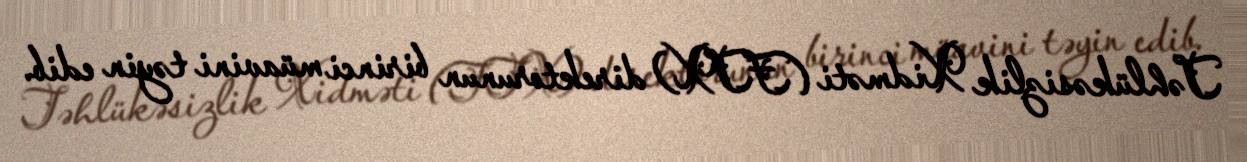
Təhlükəsizlik Xidməti (FTX) direktorunun birinci müavini təyin edib.